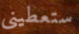
ستعطيني